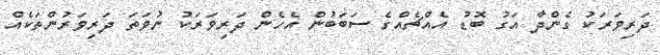
ދަރިވަރަކު ގެންދާ އަގު ބޮޑު އެއްޗެއްގެ ސަބަބުން އެހެން ދަރިވަރަކު ނުވަތަ ދަރިވަރުންތަކެއް